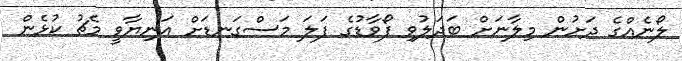
ލޯނެއްގެ ދަށުން މިލާނަށް ބަދަލުވި ފޯވާޑުގެ ފަލަ މަސްގަނޑަށް އަނިޔާވީ މެޗު ކުޅެން